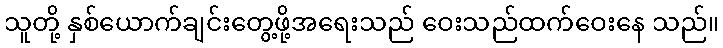
သူတို့ နှစ်ယောက်ချင်းတွေ့ဖို့အရေးသည် ဝေးသည်ထက်ဝေးနေ သည်။